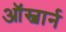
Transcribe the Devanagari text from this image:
ऑस्बार्न